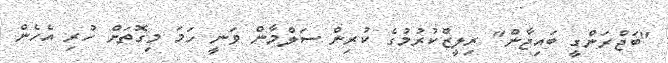
"ބަޖްރަންގީ ބައިޖާން" ރިލީޒްކުރުމުގެ ކުރިން ސަލްމާން ވަނީ ހަމަ މިގޮތަށް ހުރި އެހެން